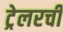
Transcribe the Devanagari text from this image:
ट्रेलरची